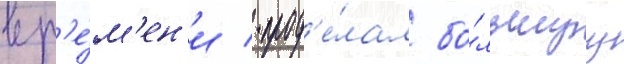
вр'е́м'ен'и / прод'е́лал бо́льшуу